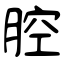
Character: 腔